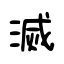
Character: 滅